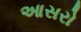
આસરો